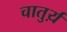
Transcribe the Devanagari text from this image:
चातुर्य़